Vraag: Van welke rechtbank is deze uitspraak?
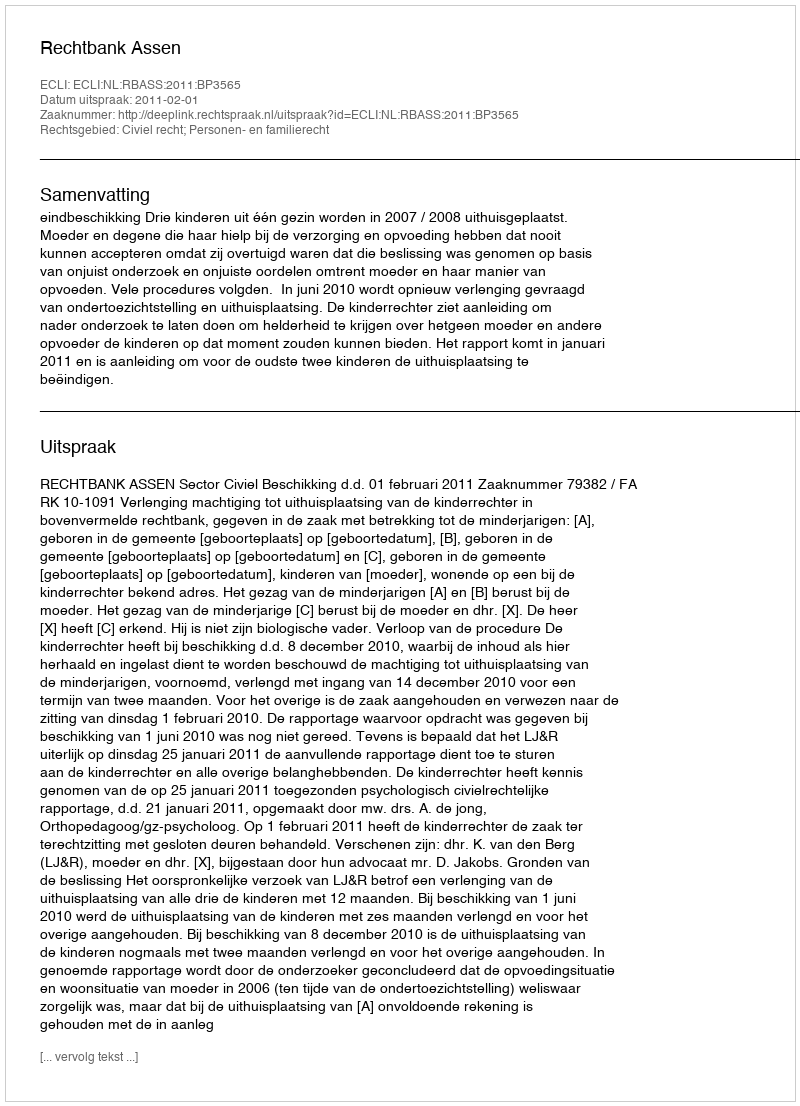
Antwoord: Rechtbank Assen